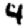
Digit: 4